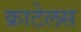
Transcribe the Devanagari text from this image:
क्राटेलस